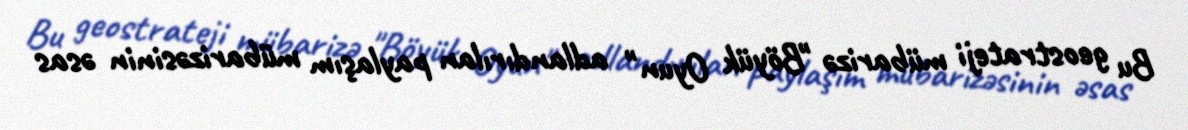
Bu geostrateji mübarizə "Böyük Oyun" adlandırılan paylaşım mübarizəsinin əsas